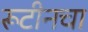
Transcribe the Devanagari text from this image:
रूटीनचा